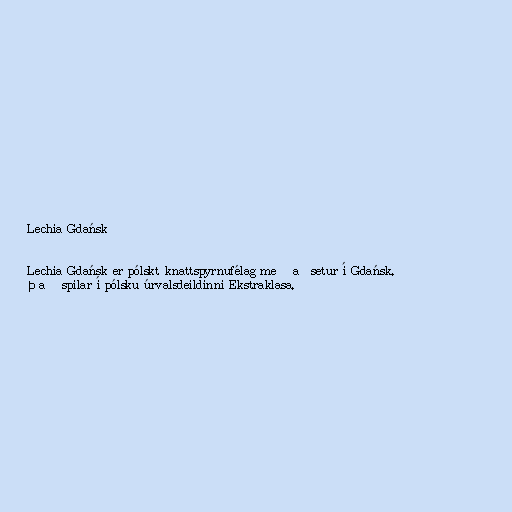
Lechia Gdańsk

Lechia Gdańsk er pólskt knattspyrnufélag með aðsetur í Gdańsk.
Það spilar í pólsku úrvalsdeildinni Ekstraklasa.